Indian journal of veterinary science and animal husbandry - Volumes 15-17, 1948-1951
Year: 1948
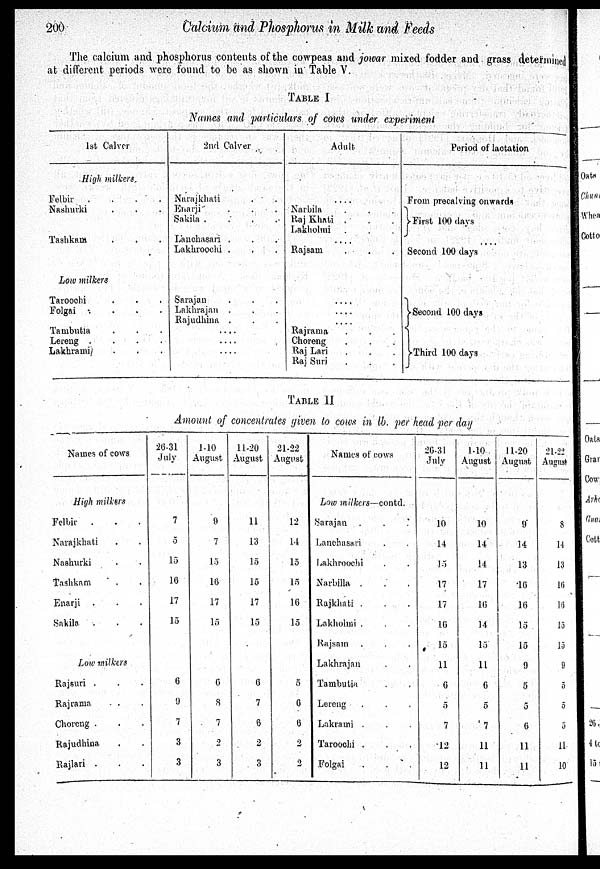
200
Calcium and Phosphorus in Milk and Feeds
The calcium and phosphorus contents of the cowpeas and jowar mixed fodder and grass determined
at different periods were found to be as shown in Table V.
TABLE I
Names and particulars of cows under experiment
1st Calver
High milkers.
Felbir
.
.
.
.
Nashurki . . .
Tashkam . . . .
Low milkers
Taroochi . . .
Folgai . . . .
Tambutia . . .
Lereng .
.
.
.
Lakhrami . . .
2nd Calver
Narajkhati . .
Enarji . . .
Sakila .
.
.
.
Lanchasari . . .
Lakhroochi . . .
Sarajan . . .
Lakhrajan . . .
Rajudhina . . .
....
....
....
Adult
....
Narbila . . .
Raj Khati . . .
Lakholmi . . .
....
Rajsam . . .
....
....
Rajrama . . .
Choreng . . .
Raj Lari . . .
Raj Suri . . .
Period of lactation
From precalving onwards
First 100 days
....
Second 100 days
Second 100 days
Third 100 days
TABLE II
Amount of concentrates given to cows in lb. per head per day
Names of cows
High milkers
Felbir . . .
Narajkhati . .
Nashurki . .
Tashkam . .
Enarji . . .
Sakila . . .
Low milkers
Rajsuri . . .
Rajrama . .
Choreng . .
Rajudhina . .
Rajlari . . .
26-31
July
7
5
15
16
17
15
6
9
7
3
3
1-10
August
9
7
15
16
17
15
6
8
7
2
3
11-20
August
11
13
15
15
17
15
6
7
6
2
3
21-22
August
12
14
15
15
16
15
5
6
6
2
2
Names of cows
Low milkers—contd.
Sarajan . . .
Lanchasari . .
Lakhroochi . .
Narbilla . . .
Rajkhati . . .
Lakholmi . . .
Rajsam . . .
Lakhrajan . .
Tambutia . .
Lereng . . .
Lakrami . . .
Taroochi . . .
Folgai . .
26-31
July
10
14
15
17
17
16
15
11
6
5
7
12
12
1-10
August
10
14
14
17
16
14
15
11
6
5
7
11
11
11-20
August
9
14
13
16
16
15
15
9
5
5
6
11
11
21-22
Angust
8
14
13
16
16
15
15
9
5
5
5
11
10